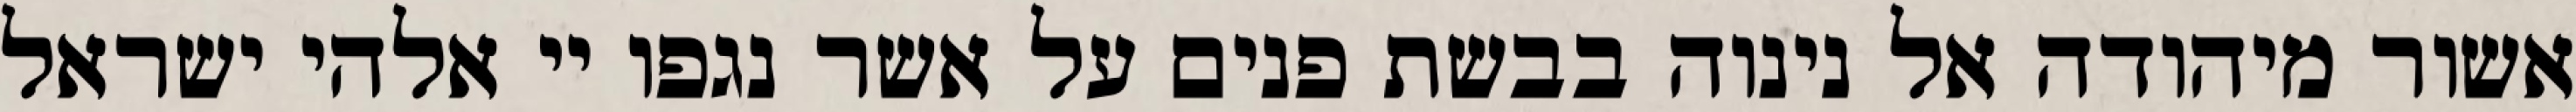
אשור מיהודה אל נינוה בבשת פנים על אשר נגפו יי אלהי ישראל